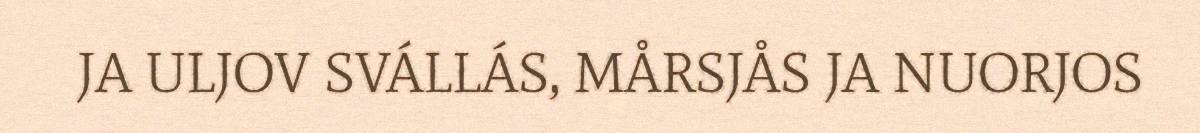
JA ULJOV SVÁLLÁS, MÅRSJÅS JA NUORJOS